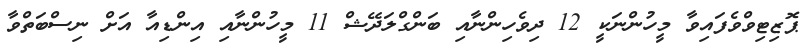
ޕޮޒިޓިވްވެފައިވާ މީހުންނަކީ 12 ދިވެހިންނާއި ބަންގްލަދޭޝް 11 މީހުންނާއި އިންޑިއާ އަށް ނިސްބަތްވާ